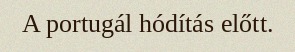
A portugál hódítás előtt.